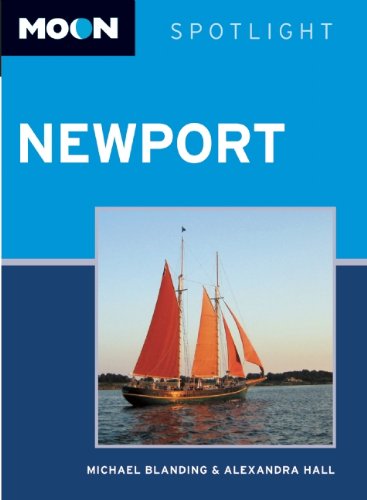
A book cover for Moon Spotlight Newport; Michael Blanding; Travel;